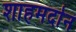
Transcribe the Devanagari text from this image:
शाहमर्दान